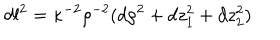
LaTeX: d l ^ { 2 } = \kappa ^ { - 2 } \rho ^ { - 2 } ( d \rho ^ { 2 } + d z _ { 1 } ^ { 2 } + d z _ { 2 } ^ { 2 } ) ~ ~ ~